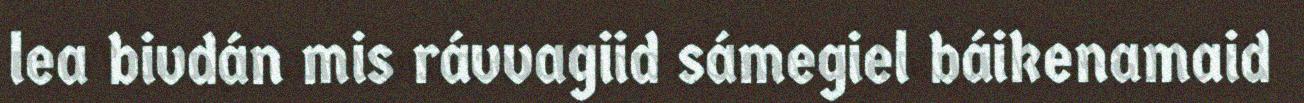
lea bivdán mis rávvagiid sámegiel báikenamaid